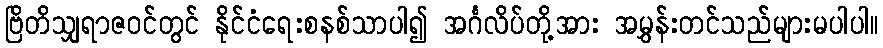
ဗြိတိသျှရာဇဝင်တွင် နိုင်ငံရေးစနစ်သာပါ၍ အင်္ဂလိပ်တို့အား အမွှန်းတင်သည်များမပါပါ။